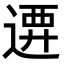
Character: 𨔰